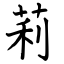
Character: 莉